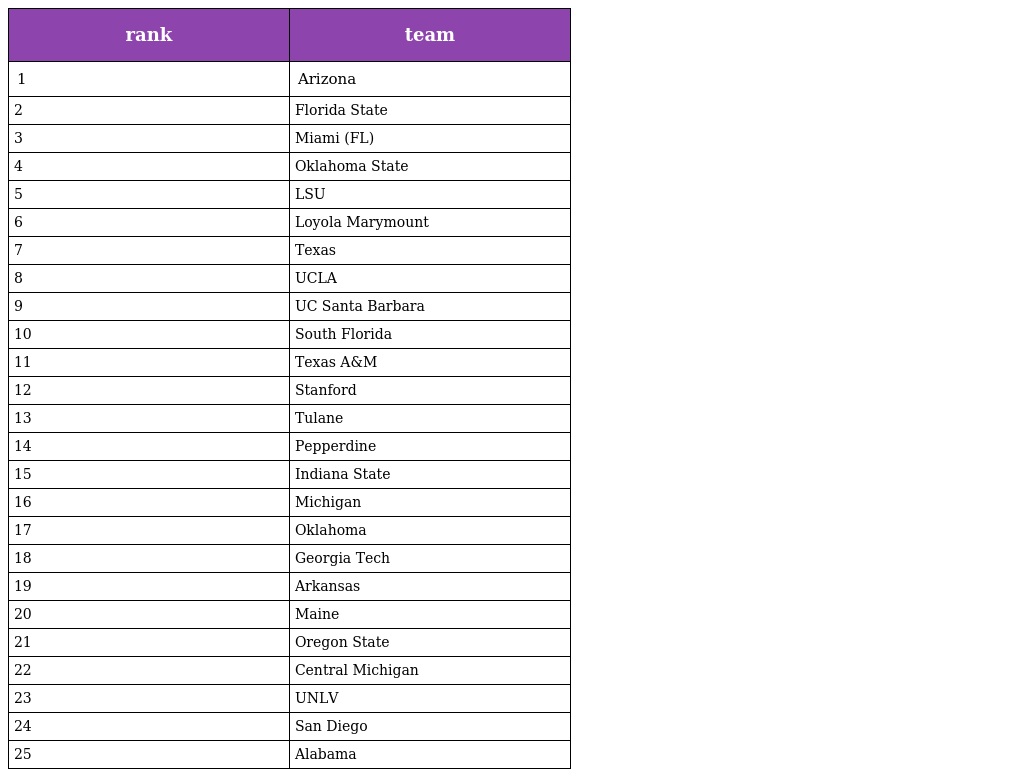
| rank | team |
 | --- | --- |
 | 1 | Arizona |
 | 2 | Florida State |
 | 3 | Miami (FL) |
 | 4 | Oklahoma State |
 | 5 | LSU |
 | 6 | Loyola Marymount |
 | 7 | Texas |
 | 8 | UCLA |
 | 9 | UC Santa Barbara |
 | 10 | South Florida |
 | 11 | Texas A&M |
 | 12 | Stanford |
 | 13 | Tulane |
 | 14 | Pepperdine |
 | 15 | Indiana State |
 | 16 | Michigan |
 | 17 | Oklahoma |
 | 18 | Georgia Tech |
 | 19 | Arkansas |
 | 20 | Maine |
 | 21 | Oregon State |
 | 22 | Central Michigan |
 | 23 | UNLV |
 | 24 | San Diego |
 | 25 | Alabama |